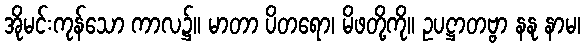
အိုမင်းကုန်သော ကာလ၌။ မာတာ ပိတရော၊ မိဖတို့ကို။ ဥပဋ္ဌာတဗ္ဗာ နနု နာမ၊